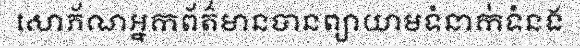
សោភ័ណអ្នកព័ត៌មានបានព្យាយាមទំនាក់ទំនង